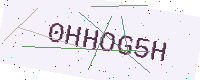
Text: 0HHOG5H